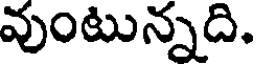
వుంటున్నది.